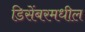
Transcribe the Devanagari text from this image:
डिसेंबरमधील